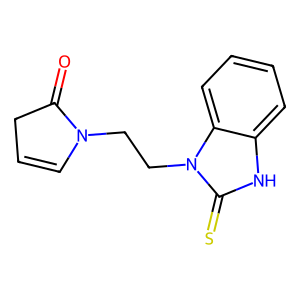
SMILES: O=C1CC=CN1CCn1c(=S)[nH]c2ccccc21
Inhibits HIV replication: No